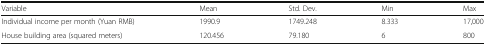
<table><thead><tr><td><b>Variable</b></td><td><b>Mean</b></td><td><b>Std. Dev.</b></td><td><b>Min</b></td><td><b>Max</b></td></tr></thead><tbody><tr><td>Individual income per month (Yuan RMB)</td><td>1990.9</td><td>1749.248</td><td>8.333</td><td>17,000</td></tr><tr><td>House building area (squared meters)</td><td>120.456</td><td>79.180</td><td>6</td><td>800</td></tr></tbody></table>